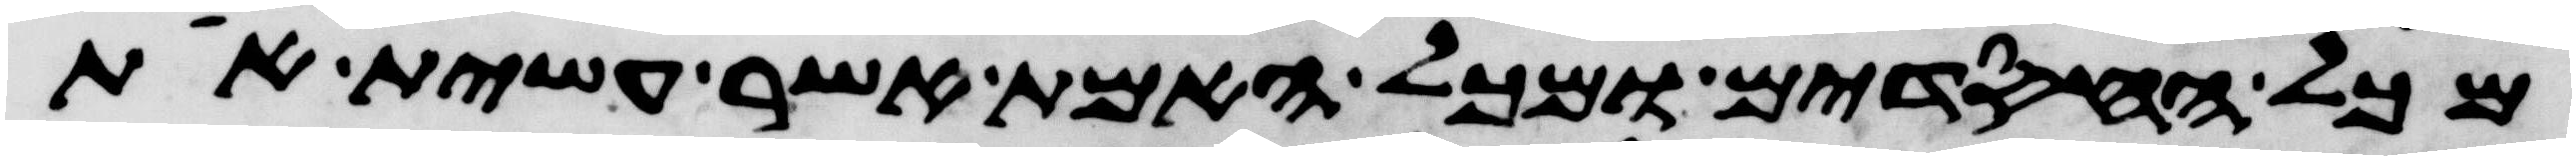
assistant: מכל החסדים ומכל האמת אשר עשית את